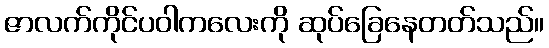
ဇာလက်ကိုင်ပဝါကလေးကို ဆုပ်ခြေနေတတ်သည်။